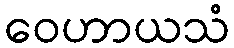
ဝေဟာယသံ